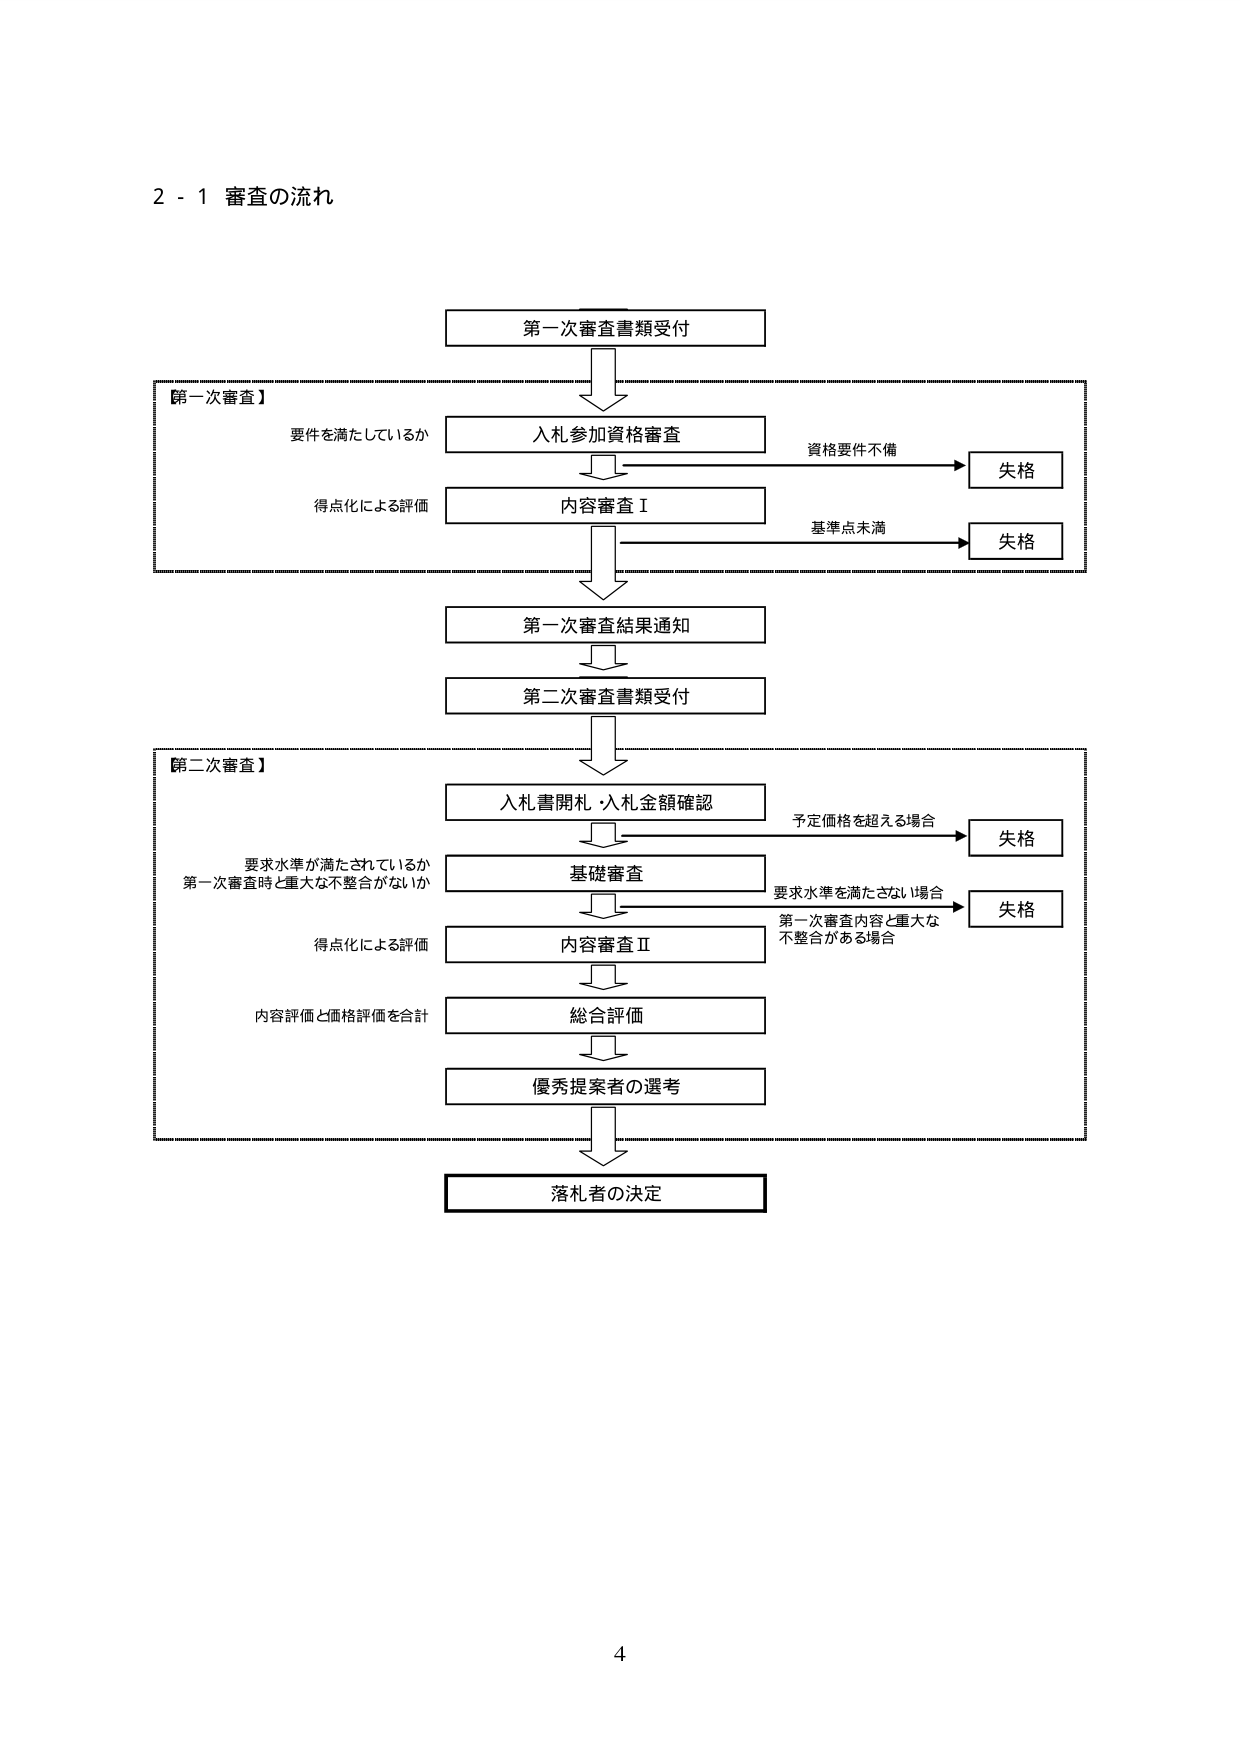
2 - 1 審査の流れ

第一次審査書類受付

【第一次審査】
要件を満たしているか
入札参加資格審査
資格要件不備 → 失格
得点化による評価
内容審査Ⅰ
基準点未満 → 失格

第一次審査結果通知

第二次審査書類受付

【第二次審査】
入札書開札・入札金額確認
予定価格を超える場合 → 失格
要求水準が満たされているか
第一次審査時と重大な不整合がないか
基礎審査
要求水準を満たさない場合 → 失格
第一次審査内容と重大な不整合がある場合
得点化による評価
内容審査Ⅱ
内容評価と価格評価を合計
総合評価
優秀提案者の選考

落札者の決定

4